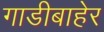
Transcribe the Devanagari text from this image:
गाडीबाहेर